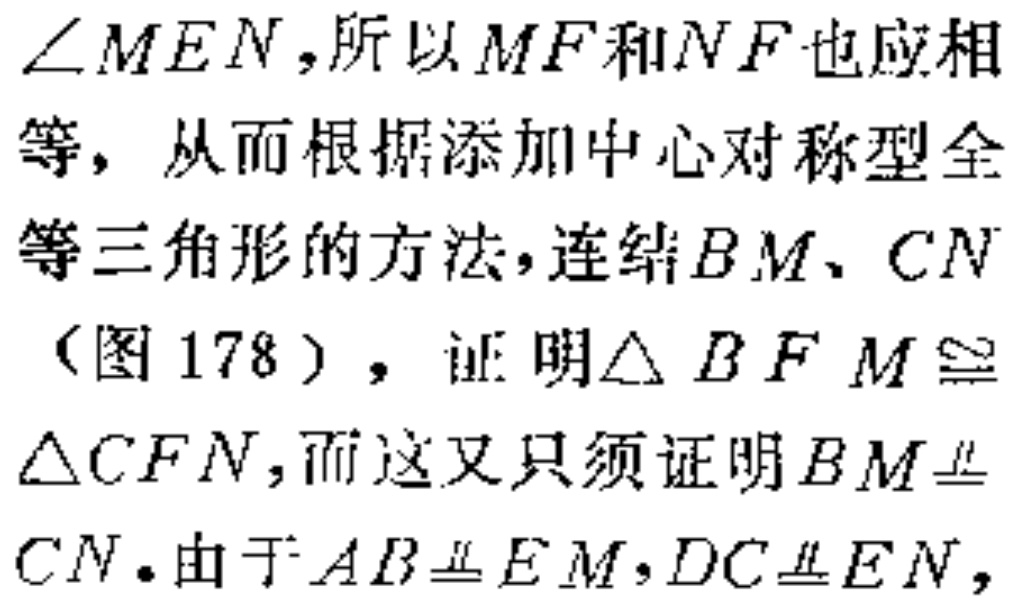
$\angle MEN$,所以$MF$和$NF$也应相
等，从而根据添加中心对称型全
等三角形的方法，连结$BM$、$CN$
（图178），证明$\triangle BFM\cong$
$\triangle CFN$,而这又只须证明$BM\equalparallel$
$CN$.由于$AB\equalparallel EM,DC\equalparallel EN$,